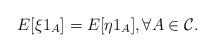
LaTeX: \begin{align*}E[\xi1_A]=E[\eta1_A], \forall A\in\mathcal{C}.\end{align*}